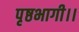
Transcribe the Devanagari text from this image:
पृष्ठभागी।।